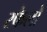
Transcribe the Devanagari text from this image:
रफेलो